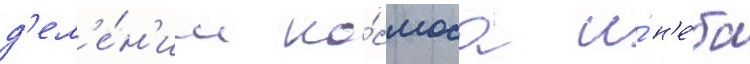
д'ел'е́н'ии ко́смоса и́ н'е́ба